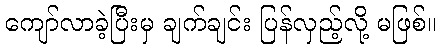
ကျော်လာခဲ့ပြီးမှ ချက်ချင်း ပြန်လှည့်လို့ မဖြစ်။